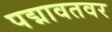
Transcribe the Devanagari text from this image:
पद्मावतवर